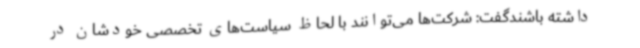
داشته باشندگفت: شرکت‌ها می‌توانند با لحاظ سیاست‌های تخصصی خودشان در